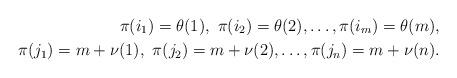
LaTeX: \begin{align*}\pi(i_1)=\theta(1),\ \pi(i_2)=\theta(2),\dots, \pi(i_m)=\theta(m),\\\pi(j_1)=m+\nu(1),\ \pi(j_2)=m+\nu(2),\dots,\pi(j_n)=m+\nu(n).\end{align*}